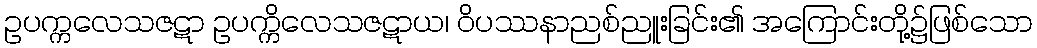
ဥပက္ကလေသဇဋာ ဥပက္ကိလေသဇဋာယ၊ ဝိပဿနာညစ်ညူးခြင်း၏ အကြောင်းတို့၌ဖြစ်သော